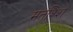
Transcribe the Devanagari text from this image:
मतश्शि